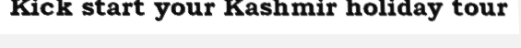
Kick start your Kashmir holiday tour